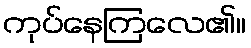
ကုပ်နေကြလေ၏။